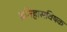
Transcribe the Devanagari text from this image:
इतिहासविषक